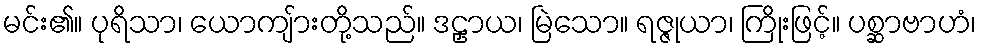
မင်း၏။ ပုရိသာ၊ ယောကျ်ားတို့သည်။ ဒဠှာယ၊ မြဲသော။ ရဇ္ဇုယာ၊ ကြိုးဖြင့်။ ပစ္ဆာဗာဟံ၊